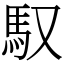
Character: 馭